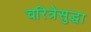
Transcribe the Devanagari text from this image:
चरित्रेसुद्धा